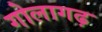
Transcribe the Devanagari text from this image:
गोलागढ़